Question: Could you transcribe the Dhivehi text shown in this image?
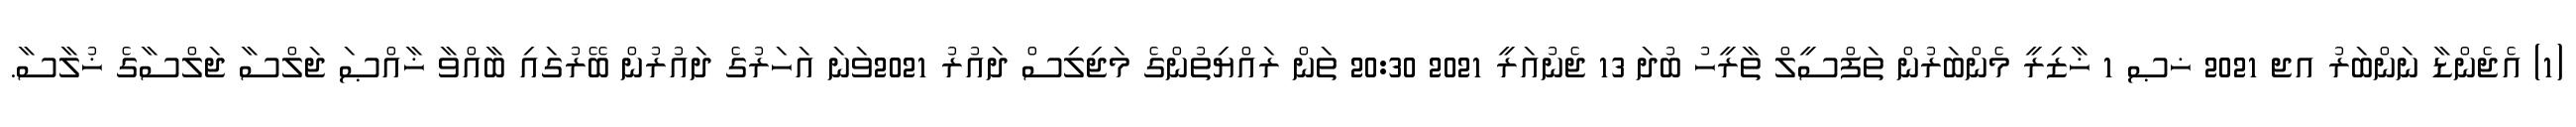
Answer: (1) އެޖެންޑާ ނަންބަރު އޖ 2021 ޚޞ 1 ޚާޒިރީ މެންބަރުން ތަފްސީލް ތާރީހު ބުދަ 13 ޖެނުއަރީ 2021 20:30 ތަން ރައްޔިތުންގެ މަޖިލިސް ދައުރު 2021ވަނަ އަހަރުގެ ދައުރުން ބޭރުގައި ބާއްވާ ޚާއްޞަ ޖަލްސާ ޖަލްސާގެ ޚުލާސާ.